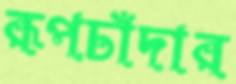
রূপচাঁদার